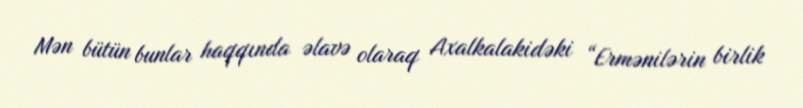
Mən bütün bunlar haqqında əlavə olaraq Axalkalakidəki “Ermənilərin birlik